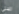
ريبلي